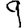
Digit: 9